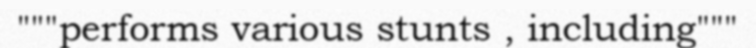
"""performs various stunts , including"""